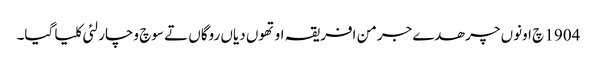
1904 چ اونوں چرھدے جرمن افریقہ اوتھوں دیاں روگاں تے سوچ وچار لئی کلیا گیا۔